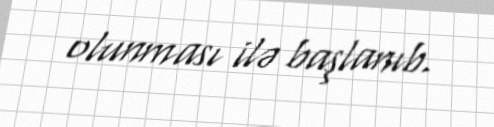
olunması ilə başlanıb.